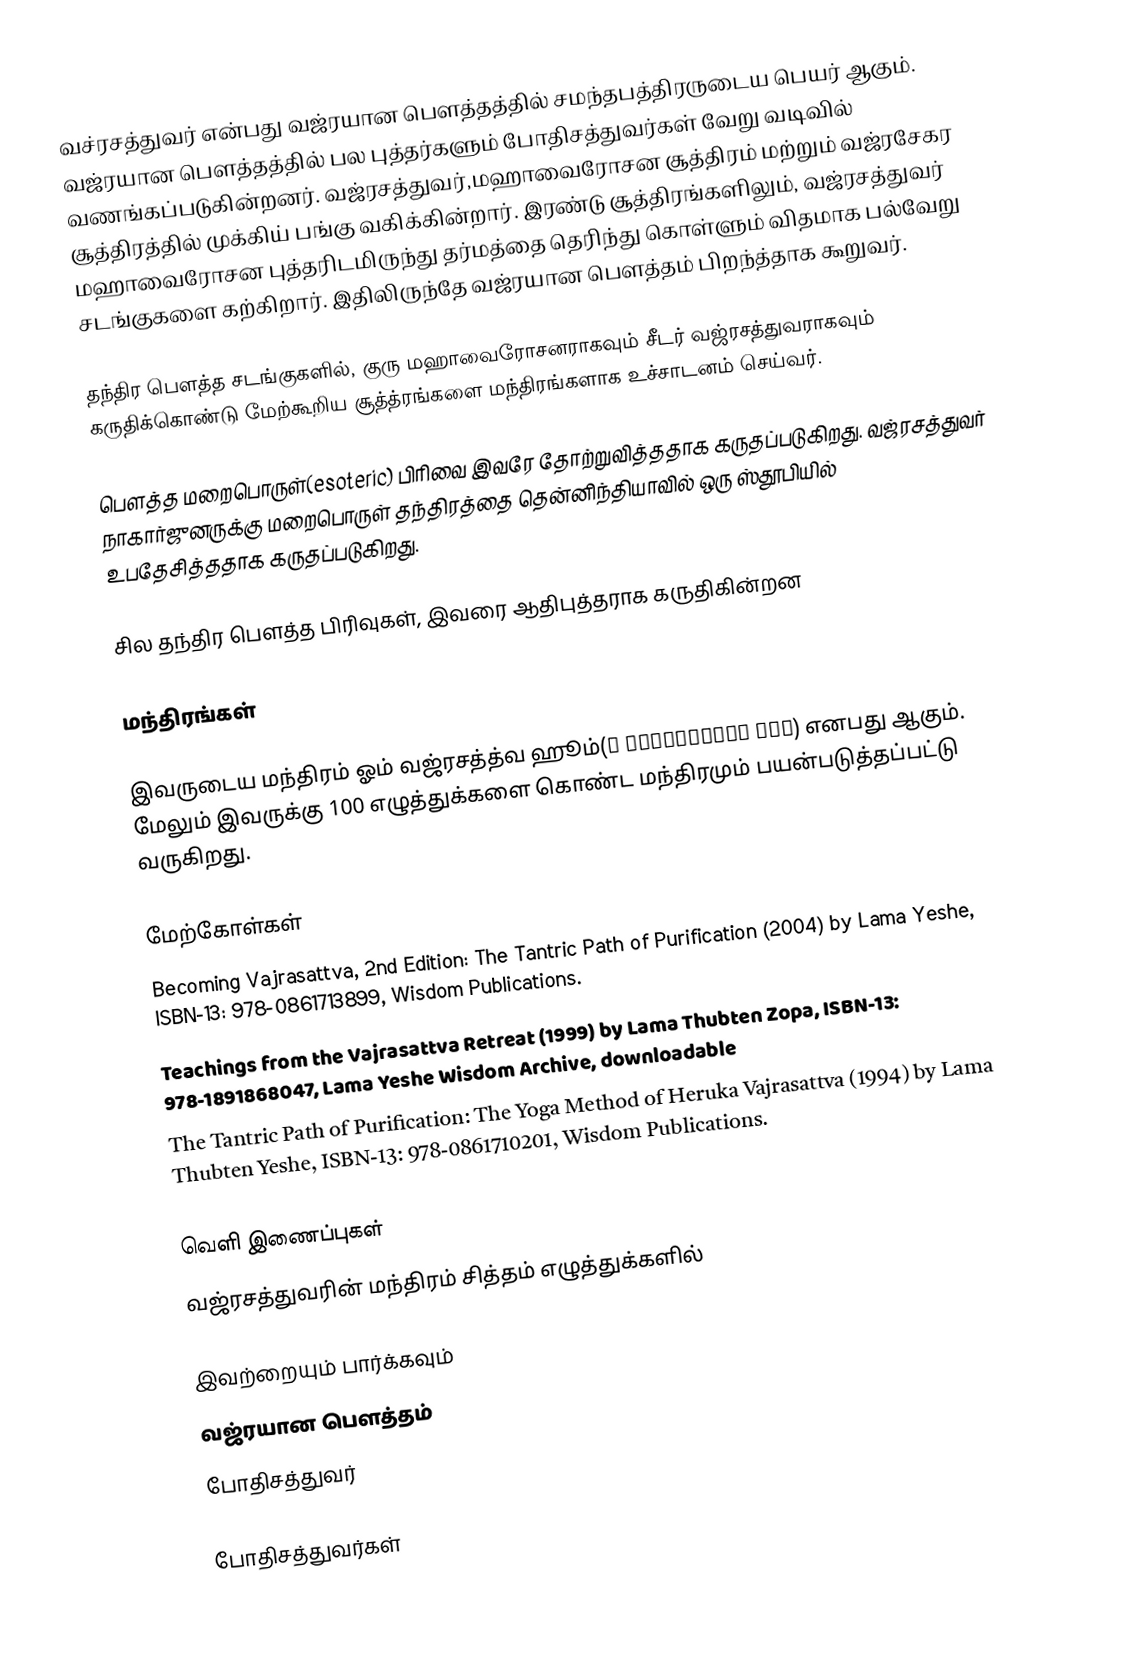
வச்ரசத்துவர் என்பது வஜ்ரயான பௌத்தத்தில் சமந்தபத்திரருடைய பெயர் ஆகும். வஜ்ரயான பௌத்தத்தில் பல புத்தர்களும் போதிசத்துவர்கள் வேறு வடிவில் வணங்கப்படுகின்றனர். வஜ்ரசத்துவர்,மஹாவைரோசன சூத்திரம் மற்றும் வஜ்ரசேகர சூத்திரத்தில் முக்கிய் பங்கு வகிக்கின்றார். இரண்டு சூத்திரங்களிலும், வஜ்ரசத்துவர் மஹாவைரோசன புத்தரிடமிருந்து தர்மத்தை தெரிந்து கொள்ளும் விதமாக பல்வேறு சடங்குகளை கற்கிறார். இதிலிருந்தே வஜ்ரயான பௌத்தம் பிறந்த்தாக கூறுவர்.

தந்திர பௌத்த சடங்குகளில், குரு மஹாவைரோசனராகவும் சீடர் வஜ்ரசத்துவராகவும் கருதிக்கொண்டு மேற்கூறிய சூத்த்ரங்களை மந்திரங்களாக உச்சாடனம் செய்வர்.

பௌத்த மறைபொருள்(esoteric) பிரிவை இவரே தோற்றுவித்ததாக கருதப்படுகிறது. வஜ்ரசத்துவர் நாகார்ஜுனருக்கு மறைபொருள் தந்திரத்தை தென்னிந்தியாவில் ஒரு ஸ்தூபியில் உபதேசித்ததாக கருதப்படுகிறது.

சில தந்திர பௌத்த பிரிவுகள், இவரை ஆதிபுத்தராக கருதிகின்றன

மந்திரங்கள்

இவருடைய மந்திரம் ஓம் வஜ்ரசத்த்வ ஹூம்(ॐ वज्रसत्त्व हूँ) எனபது ஆகும்.  மேலும் இவருக்கு 100 எழுத்துக்களை கொண்ட  மந்திரமும் பயன்படுத்தப்பட்டு வருகிறது.

மேற்கோள்கள்
 Becoming Vajrasattva, 2nd Edition: The Tantric Path of Purification (2004) by Lama Yeshe, ISBN-13: 978-0861713899, Wisdom Publications.
 Teachings from the Vajrasattva Retreat (1999) by Lama Thubten Zopa, ISBN-13: 978-1891868047, Lama Yeshe Wisdom Archive, downloadable
 The Tantric Path of Purification: The Yoga Method of Heruka Vajrasattva (1994) by Lama Thubten Yeshe, ISBN-13: 978-0861710201, Wisdom Publications.

வெளி இணைப்புகள்
 வஜ்ரசத்துவரின் மந்திரம் சித்தம் எழுத்துக்களில்

இவற்றையும் பார்க்கவும்
 வஜ்ரயான பௌத்தம்
 போதிசத்துவர்

போதிசத்துவர்கள்